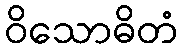
ဝိသောဓိတံ